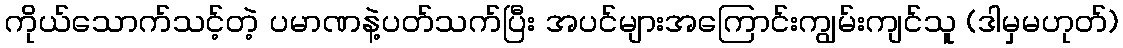
ကိုယ်သောက်သင့်တဲ့ ပမာဏနဲ့ပတ်သက်ပြီး အပင်များအကြောင်းကျွမ်းကျင်သူ (ဒါမှမဟုတ်)